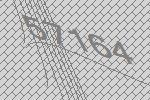
57164